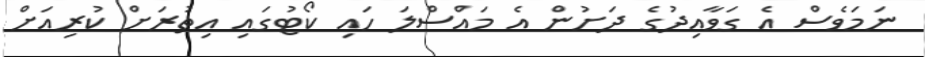
ނަމަވެސް އެ ގަވާއިދުގެ ދަށުން އެ މައްސްލަ ހައި ކޯޓުގައި އިތުރަށް ކުރިއަށް